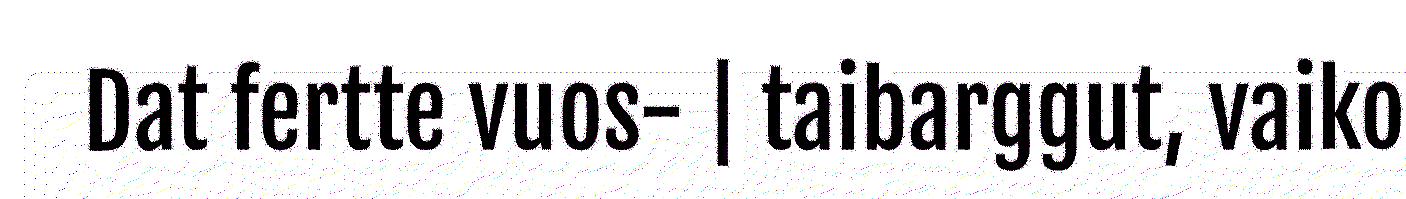
Dat fertte vuos- | taibarggut, vaiko